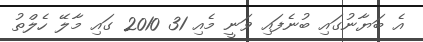
އެ ބަޔާނުގައި ބުނެފައި ވަނީ މެއި 31 2010 ގައި މާލޭ ހެލްތު